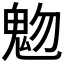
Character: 𩲐